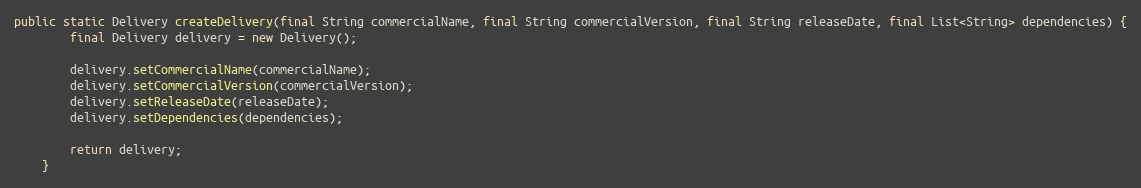
Language: Java
public static Delivery createDelivery(final String commercialName, final String commercialVersion, final String releaseDate, final List<String> dependencies) {
		final Delivery delivery = new Delivery();

		delivery.setCommercialName(commercialName);
		delivery.setCommercialVersion(commercialVersion);
		delivery.setReleaseDate(releaseDate);
		delivery.setDependencies(dependencies);

		return delivery;
	}